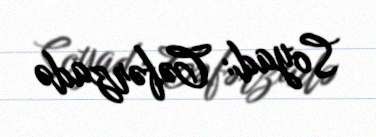
Soyad: Cəfərzadə